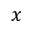
x